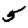
Digit: 5